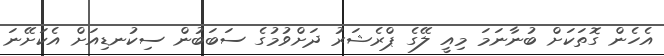
އެހެން ގޮތަކަށް ބުނާނަމަ މިއީ ލޭގެ ޕްރެޝަރު ދަށްވުމުގެ ސަބަބުން ސިކުނޑިއަށް އެކަށޭނަ